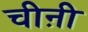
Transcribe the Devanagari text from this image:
चीऩी